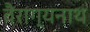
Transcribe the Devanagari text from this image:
वैराग्यनाथ